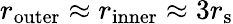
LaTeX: r_{\mathrm{outer}}\approx r_{\mathrm{inner}}\approx 3r_{\mathrm{{s}}}